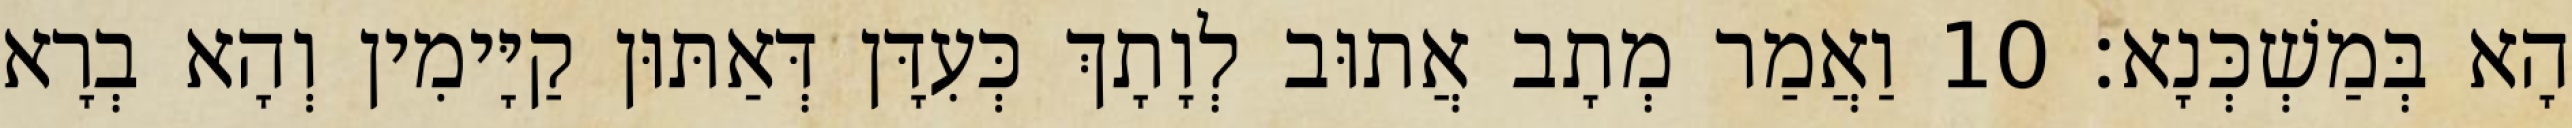
הָא בְּמַשְׁכְּנָא׃ 10 וַאֲמַר מְתָב אֲתוּב לְוָתָךְ כְּעִדָּן דְּאַתּוּן קַיָּימִין וְהָא בְרָא